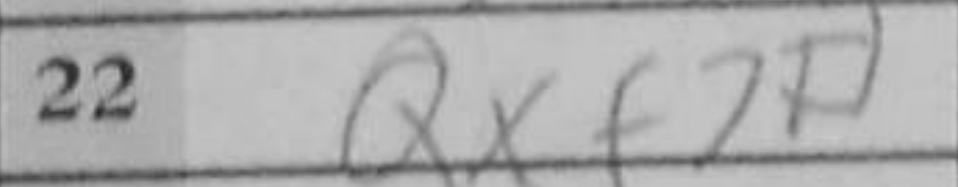
Transcription: Qxf7+